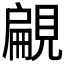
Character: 𧡤